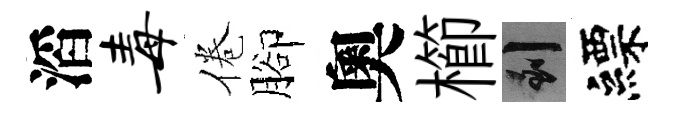
滔毒倦腳奧櫛到縹